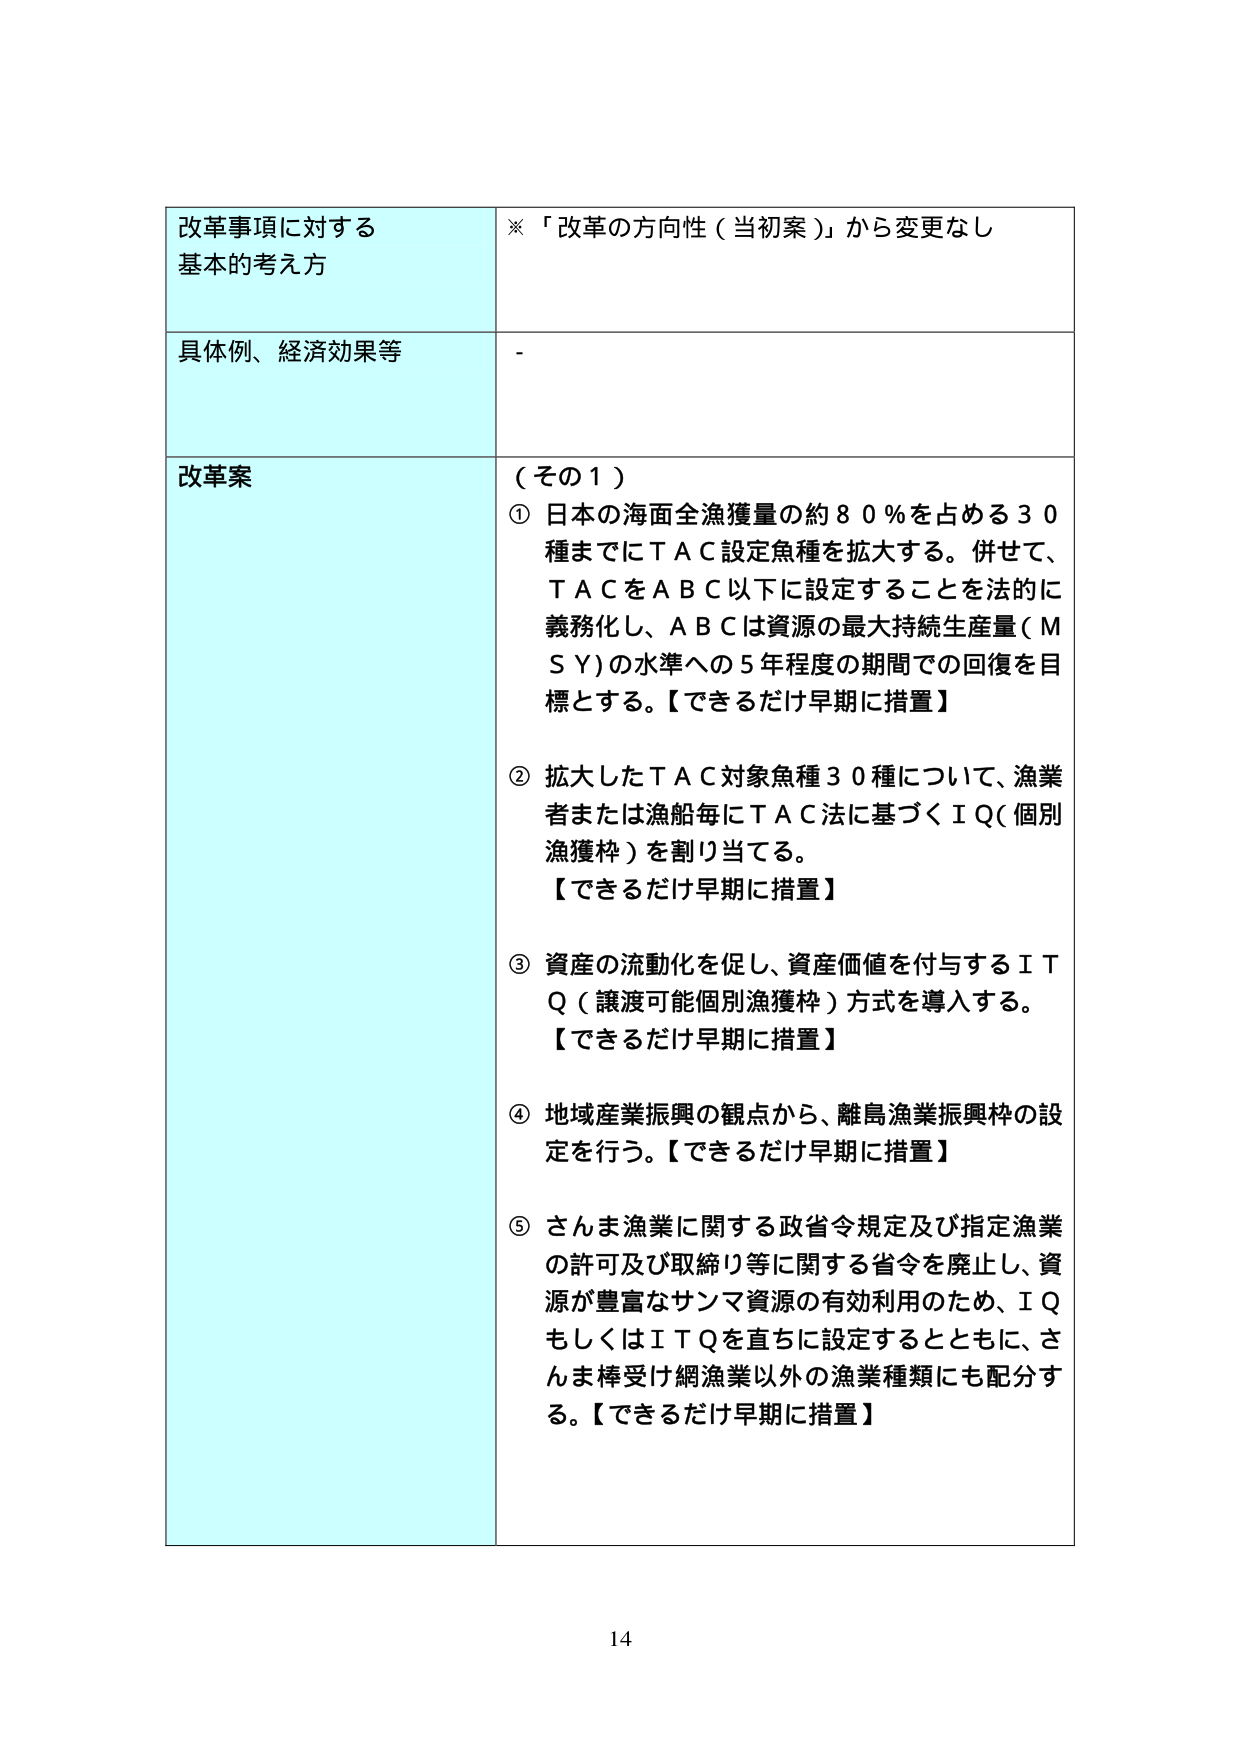
改革事項に対する
基本的考え方

※「改革の方向性（当初案）」から変更なし

具体例、経済効果等
-

改革案
（その１）
① 日本の海面全漁獲量の約８０％を占める３０種までにＴＡＣ設定魚種を拡大する。併せて、ＴＡＣをＡＢＣ以下に設定することを法的に義務化し、ＡＢＣは資源の最大持続生産量（ＭＳＹ）の水準への５年程度の期間での回復を目標とする。【できるだけ早期に措置】

② 拡大したＴＡＣ対象魚種３０種について、漁業者または漁船毎にＴＡＣ法に基づくＩＱ（個別漁獲枠）を割り当てる。
【できるだけ早期に措置】

③ 資産の流動化を促し、資産価値を付与するＩＴＱ（譲渡可能個別漁獲枠）方式を導入する。
【できるだけ早期に措置】

④ 地域産業振興の観点から、離島漁業振興枠の設定を行う。【できるだけ早期に措置】

⑤ さんま漁業に関する政省令規定及び指定漁業の許可及び取締り等に関する省令を廃止し、資源が豊富なサンマ資源の有効利用のため、ＩＱもしくはＩＴＱを直ちに設定するとともに、さんま棒受け網漁業以外の漁業種類にも配分する。【できるだけ早期に措置】

14